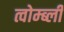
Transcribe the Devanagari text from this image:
त्वोम्ब्ली